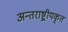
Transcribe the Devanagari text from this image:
अन्तराष्ट्रीयकृत